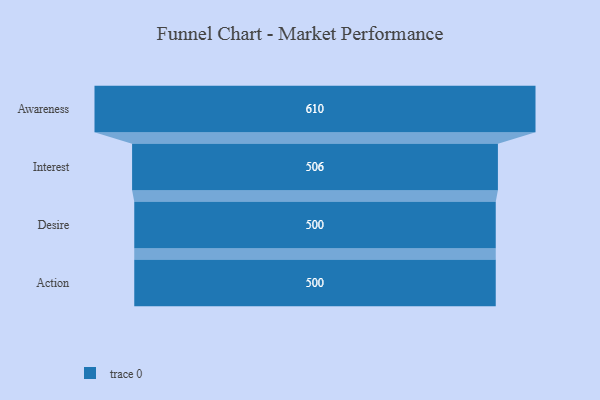
{"axis": {"x": "Stage", "y": "Value"}, "legend": [""], "data": [{"x": "Awareness", "y": 610.0, "type": ""}, {"x": "Interest", "y": 506.0, "type": ""}, {"x": "Desire", "y": 500, "type": ""}, {"x": "Action", "y": 500, "type": ""}]}